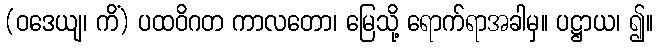
(ဝဒေယျ၊ ကိံ) ပထဝိဂတ ကာလတော၊ မြေသို့ ရောက်ရာအခါမှ။ ပဋ္ဌာယ၊ ၍။